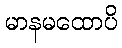
မာနမထောပိ